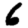
Digit: 6